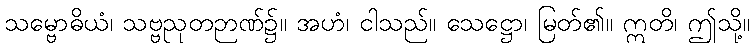
သမ္ဗောဓိယံ၊ သဗ္ဗညုတဉာဏ်၌။ အဟံ၊ ငါသည်။ သေဋ္ဌော၊ မြတ်၏။ ဣတိ၊ ဤသို့။